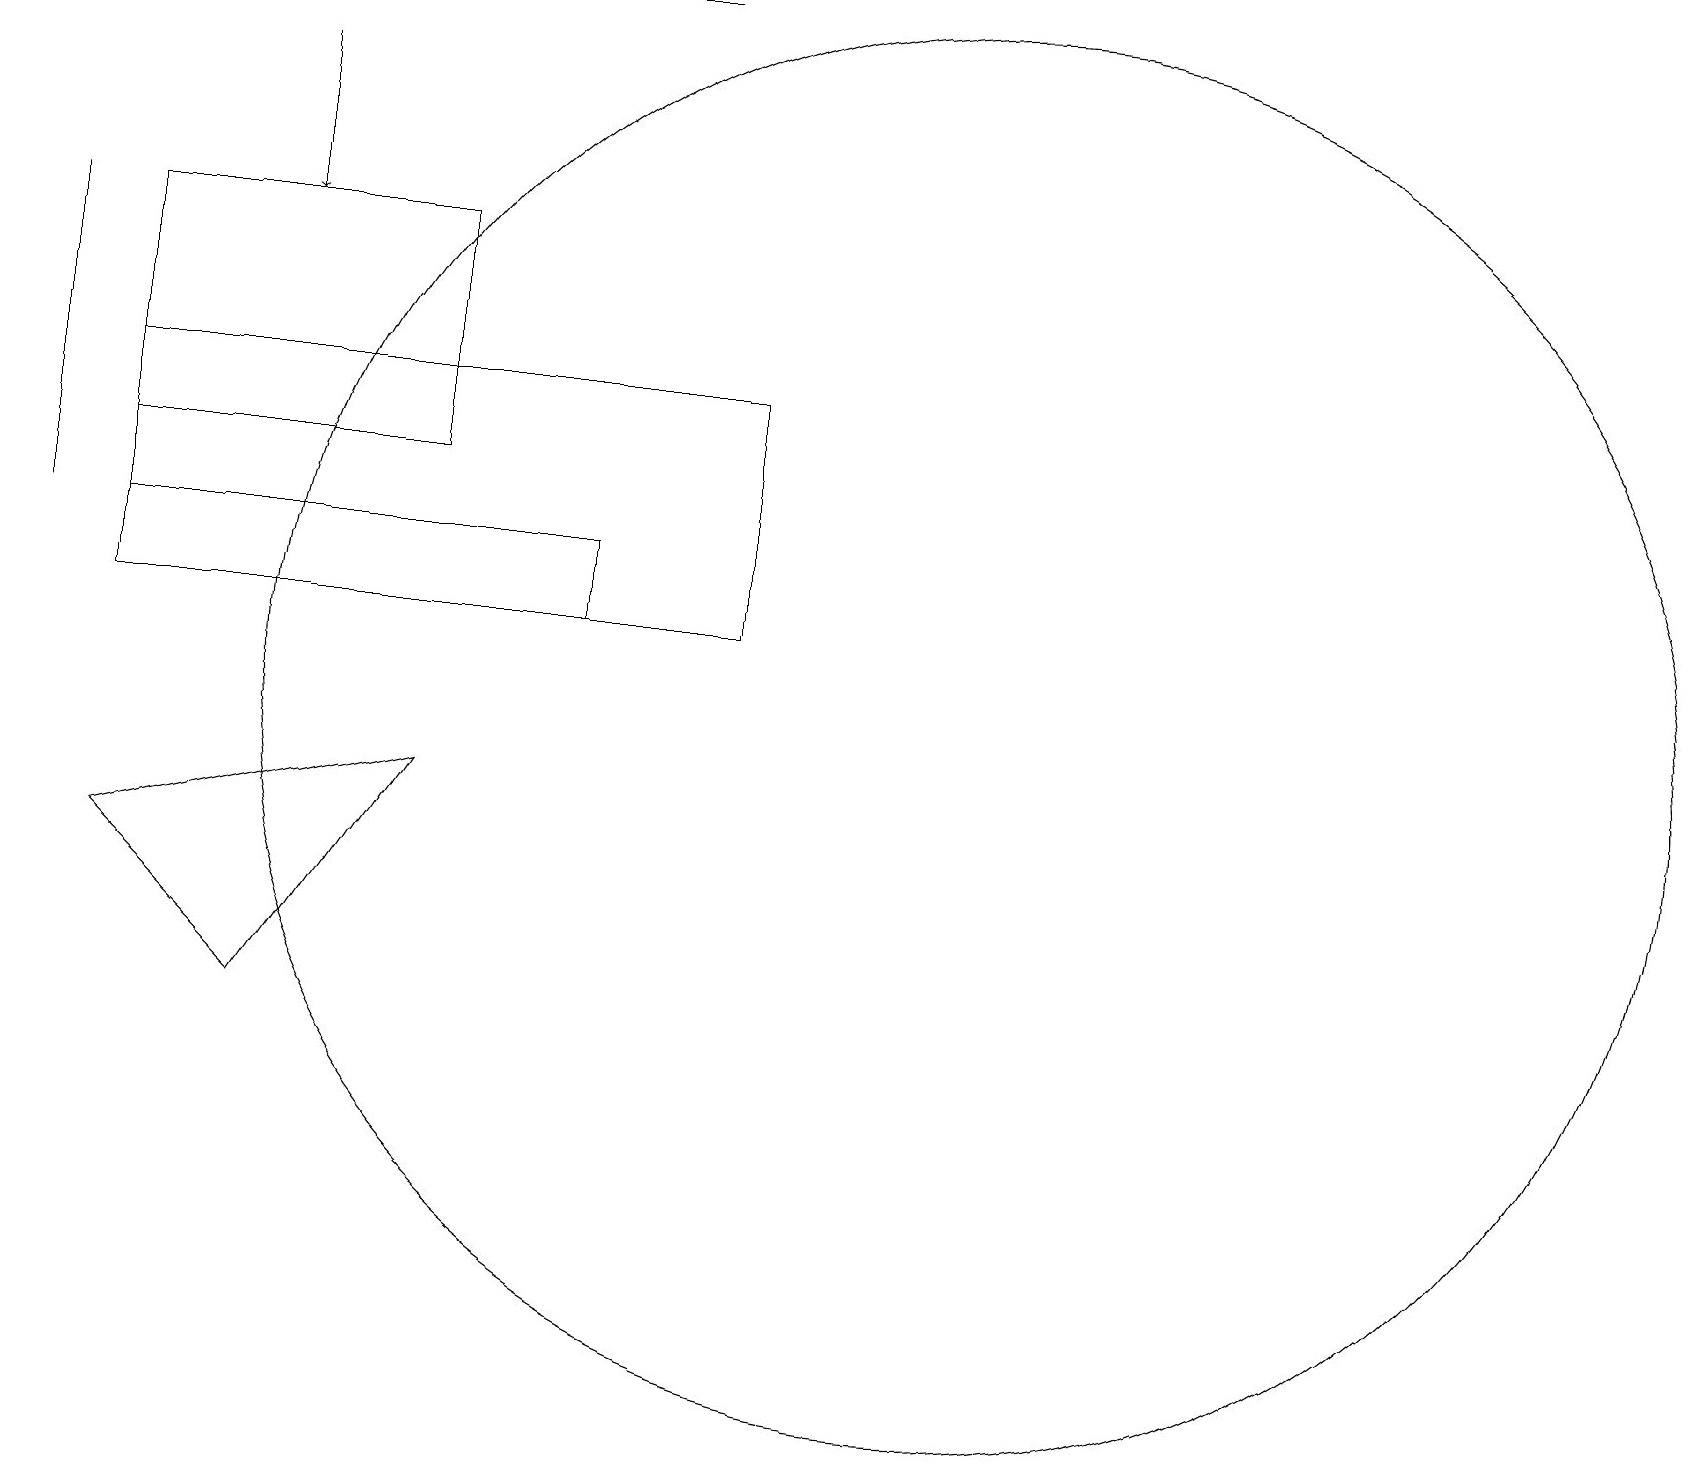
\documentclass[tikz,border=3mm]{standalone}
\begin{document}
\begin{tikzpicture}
\draw (8,19) rectangle (3,19);
\draw (12,10) circle (9);
\draw (3,6) -- (5,9) -- (1,8) -- cycle;
\draw (1,11) rectangle (7,12);
\draw (9,14) rectangle (1,11);
\draw (0,12) rectangle (0,16);
\draw[->] (3,18) -- (3,16);
\draw (1,13) rectangle (5,16);
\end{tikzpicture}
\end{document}